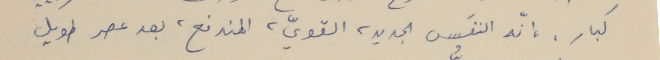
كبار، أنّه النفَس الجديد، القويّ، المندفع، بعد عصر طويل